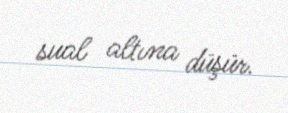
sual altına düşür.